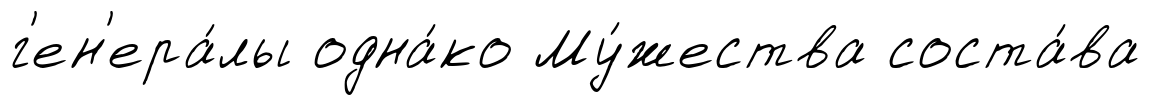
г'ен'ера́лы одна́ко Му́жества соста́ва